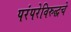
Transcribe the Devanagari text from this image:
परंपरेविरुद्धचे